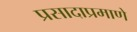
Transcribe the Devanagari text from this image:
प्रसादाप्रमाणे